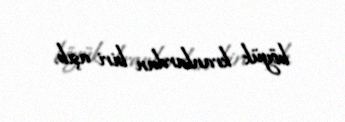
böyük kranlardan biri aşıb.